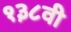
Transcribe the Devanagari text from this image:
१३८वी